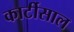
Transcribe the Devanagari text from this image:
कार्टीसाल